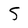
Character: 5